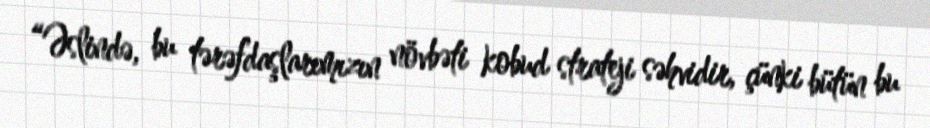
“Əslində, bu tərəfdaşlarımızın növbəti kobud strateji səhvidir, çünki bütün bu